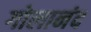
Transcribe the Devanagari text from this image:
गोलानंद